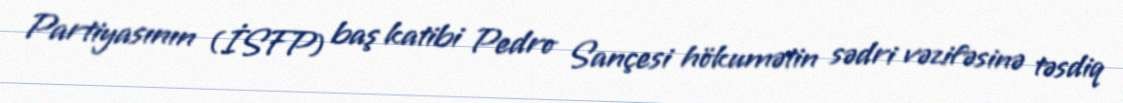
Partiyasının (İSFP) baş katibi Pedro Sançesi hökumətin sədri vəzifəsinə təsdiq